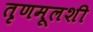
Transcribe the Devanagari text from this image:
तृणमूलशी